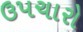
ઉપચારો